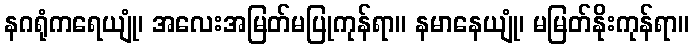
နဂရုံကရေယျုံ၊ အလေးအမြတ်မပြုကုန်ရာ။ နမာနေယျုံ၊ မမြတ်နိုးကုန်ရာ။